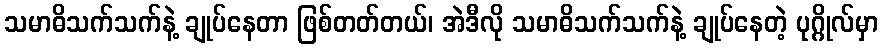
သမာဓိသက်သက်နဲ့ ချုပ်နေတာ ဖြစ်တတ်တယ်၊ အဲဒီလို သမာဓိသက်သက်နဲ့ ချုပ်နေတဲ့ ပုဂ္ဂိုလ်မှာ